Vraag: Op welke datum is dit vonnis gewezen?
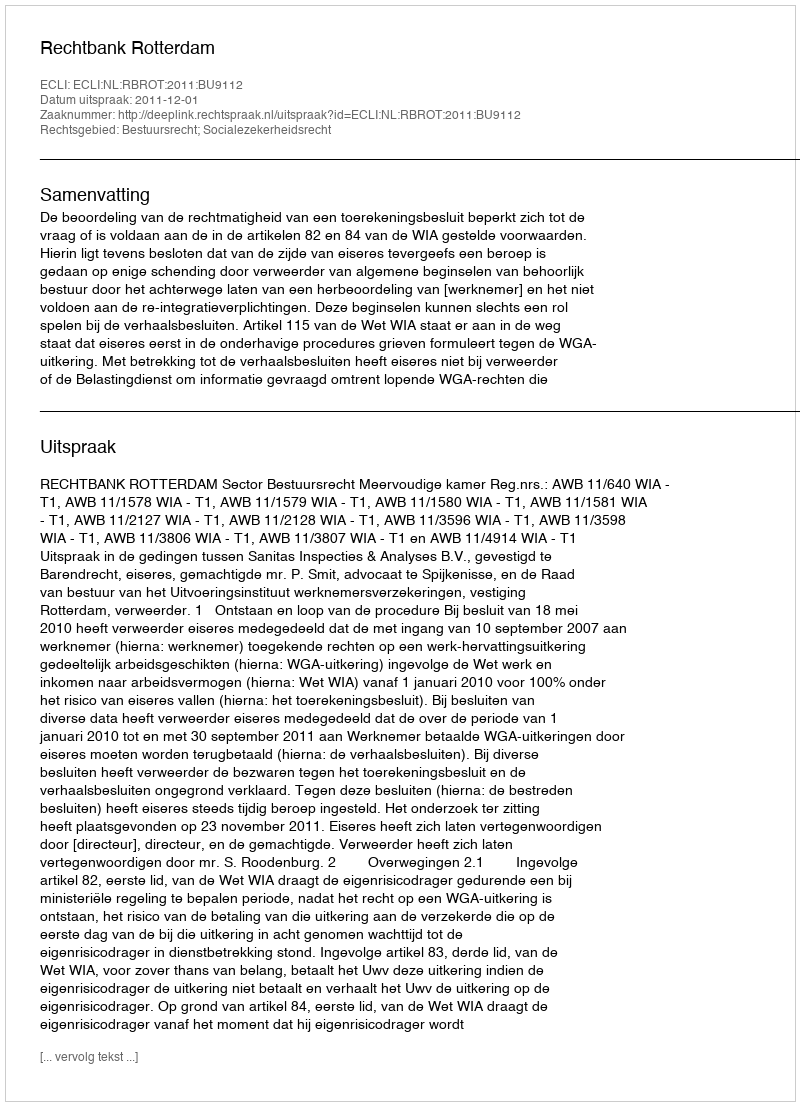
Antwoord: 2011-12-01